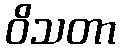
ဝိသတာ